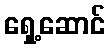
ရှေ့ဆောင်